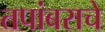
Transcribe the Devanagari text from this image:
तपांबराचे